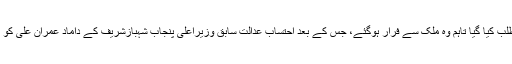
خیال رہے سابق وزیراعلیٰ پنجاب کے داماد عمران علی کو متعدد بار طلب کیا گیا تاہم وہ ملک سے فرار ہوگئے، جس کے بعد احتساب عدالت سابق وزیراعلیٰ پنجاب شہبازشریف کے داماد عمران علی کو اشتہاری قرار دے چکی ہے اور جائیداد قرق کرنے کا حکم بھی دیا تھا۔